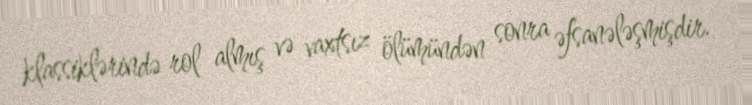
klassiklərində rol almış və vaxtsız ölümündən sonra əfsanələşmişdir.